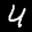
Label: 4